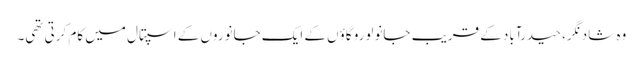
وہ شاد نگر، حیدرآباد کے قریب جانولورو گاؤں کے ایک جانوروں کے اسپتال میں کام کرتی تھی۔